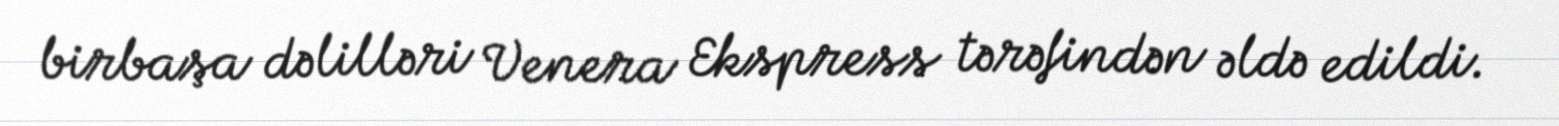
birbaşa dəlilləri Venera Ekspress tərəfindən əldə edildi.